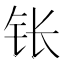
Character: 𬬮